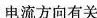
电流方向有关